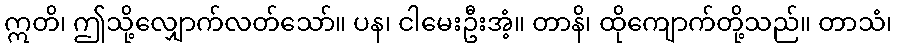
ဣတိ၊ ဤသို့လျှောက်လတ်သော်။ ပန၊ ငါမေးဦးအံ့။ တာနိ၊ ထိုကျောက်တို့သည်။ တာသံ၊